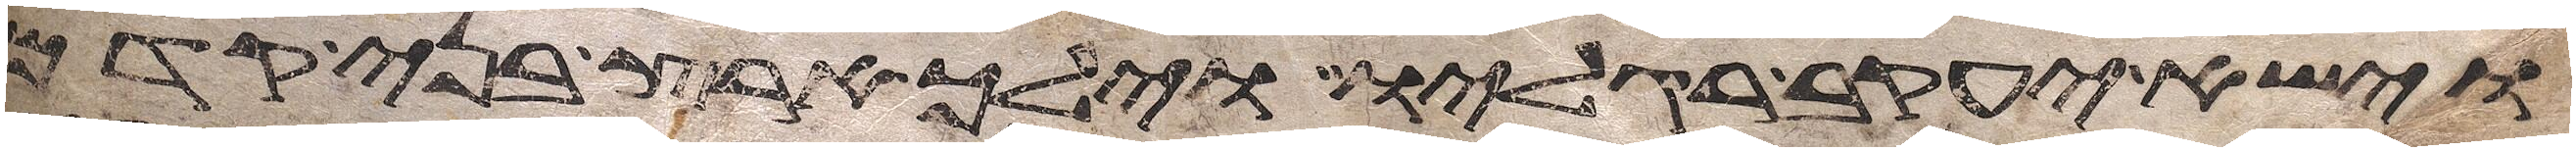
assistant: וישא יעקב רגליו וילך ארץ בני קדם